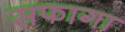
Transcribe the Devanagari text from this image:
सफागा